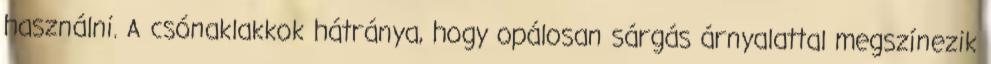
használni. A csónaklakkok hátránya, hogy opálosan sárgás árnyalattal megszínezik